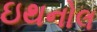
ઇથનોલ